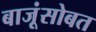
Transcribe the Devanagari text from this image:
बाजूंसोबत